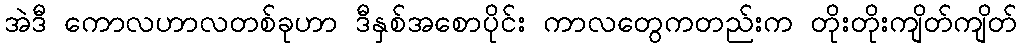
အဲဒီ ကောလဟာလတစ်ခုဟာ ဒီနှစ်အစောပိုင်း ကာလတွေကတည်းက တိုးတိုးကျိတ်ကျိတ်